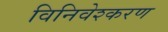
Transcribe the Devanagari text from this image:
विनिवेश्करण